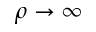
\rho \rightarrow \infty